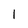
Character: I